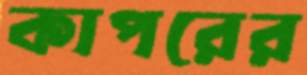
কাপরের